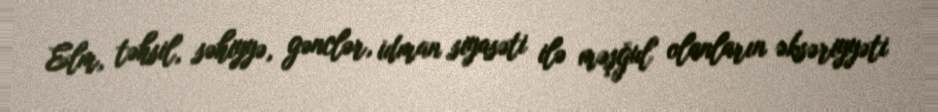
Elm, təhsil, səhiyyə, gənclər, idman siyasəti ilə məşğul olanların əksəriyyəti